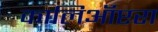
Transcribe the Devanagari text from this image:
कालिऑप्टरा